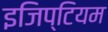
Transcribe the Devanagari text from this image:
इजिप्टियम